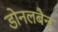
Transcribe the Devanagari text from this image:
डोनलबैन